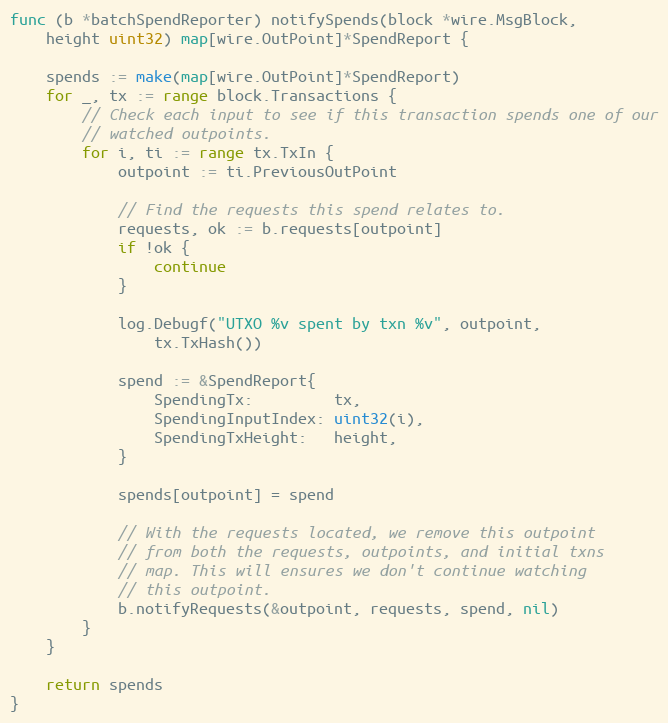
Language: Go
func (b *batchSpendReporter) notifySpends(block *wire.MsgBlock,
	height uint32) map[wire.OutPoint]*SpendReport {

	spends := make(map[wire.OutPoint]*SpendReport)
	for _, tx := range block.Transactions {
		// Check each input to see if this transaction spends one of our
		// watched outpoints.
		for i, ti := range tx.TxIn {
			outpoint := ti.PreviousOutPoint

			// Find the requests this spend relates to.
			requests, ok := b.requests[outpoint]
			if !ok {
				continue
			}

			log.Debugf("UTXO %v spent by txn %v", outpoint,
				tx.TxHash())

			spend := &SpendReport{
				SpendingTx:         tx,
				SpendingInputIndex: uint32(i),
				SpendingTxHeight:   height,
			}

			spends[outpoint] = spend

			// With the requests located, we remove this outpoint
			// from both the requests, outpoints, and initial txns
			// map. This will ensures we don't continue watching
			// this outpoint.
			b.notifyRequests(&outpoint, requests, spend, nil)
		}
	}

	return spends
}